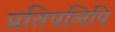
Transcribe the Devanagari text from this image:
प्रतिपलिपि